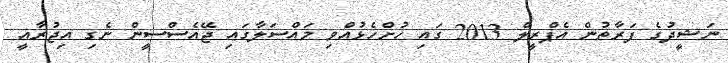
ނަޝީދުގެ ފަރާތުން އެޕްރީލް 2013 ގައި ހުށްހެޅުއްވި މައްސަލާގައި ޖޭއެސްސީން ނެގި އިޖުރާއީ